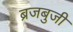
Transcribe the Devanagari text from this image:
ब्रजबुजी